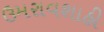
ઉમરાવશાહી